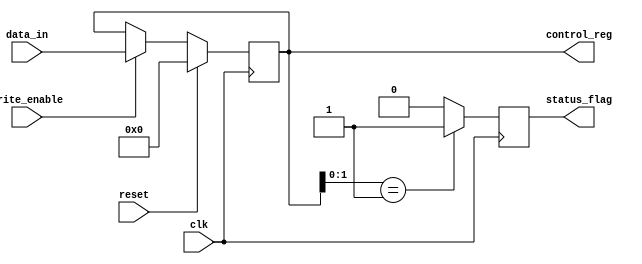
module ControlRegister (
    input wire clk,                // Clock signal
    input wire reset,              // Synchronous reset signal
    input wire write_enable,       // Write enable signal
    input wire [7:0] data_in,      // Data input for the register
    output reg [7:0] control_reg,  // Control register output
    output reg status_flag         // Status flag output
);

// Define control register bits
// Bit 0-1: Mode Selection (00: Normal, 01: Test, 10: Standby)
// Bit 2: Enable Feature 1
// Bit 3: Enable Feature 2
// Bit 4: Reserved
// Bit 5: Reserved
// Bit 6: Error Status (1: Error, 0: No Error)
// Bit 7: Ready Signal (1: Ready, 0: Not Ready)

always @(posedge clk) begin
    if (reset) begin
        // Reset the control register to a known state
        control_reg <= 8'b00000000; // Default state
        status_flag <= 1'b0;        // Clear status flag
    end else if (write_enable) begin
        // Update control register with input data
        control_reg <= data_in;
    end
    
    // Update status flag based on control register conditions
    // Example: Set status_flag if mode is Test (01)
    if (control_reg[1:0] == 2'b01) begin
        status_flag <= 1'b1; // Indicate test mode
    end else begin
        status_flag <= 1'b0; // Clear flag for other modes
    end
end

endmodule